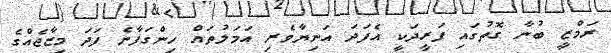
ރަމްޒީ ބުނާ ގޮތުގައި ފަރީދަކީ އެފަދަ އަނިޔާވެރި އަމަލުތައް ހިންގަފާނެ ފަދަ މިޒާޖެއްގެ